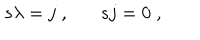
s \lambda = j \; , s j = 0 \; ,